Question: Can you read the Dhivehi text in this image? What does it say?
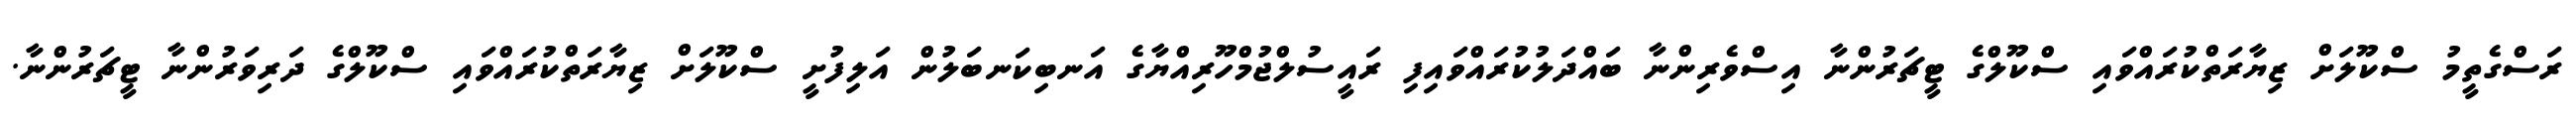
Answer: ރަސްގެތީމު ސްކޫލަށް ޒިޔާރަތްކުރައްވައި ސްކޫލްގެ ޓީޗަރުންނާ އިސްވެރިންނާ ބައްދަލުކުރައްވައިފި ރައީސުލްޖުމްހޫރިއްޔާގެ އަނބިކަނބަލުން އަލިފުށީ ސްކޫލަށް ޒިޔާރަތްކުރައްވައި ސްކޫލްގެ ދަރިވަރުންނާ ޓީޗަރުންނާ.